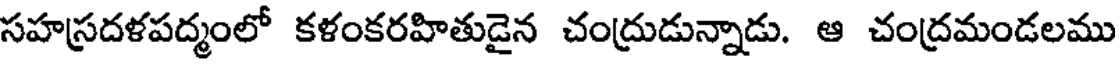
సహస్రదళపద్మంలో కళంకరహితుడైన చంద్రుడున్నాడు. ఆ చంద్రమండలము